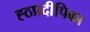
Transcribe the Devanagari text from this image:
ह्ठप्रदीपिका